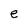
Character: e